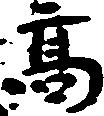
高